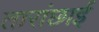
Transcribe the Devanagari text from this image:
तारांछाई